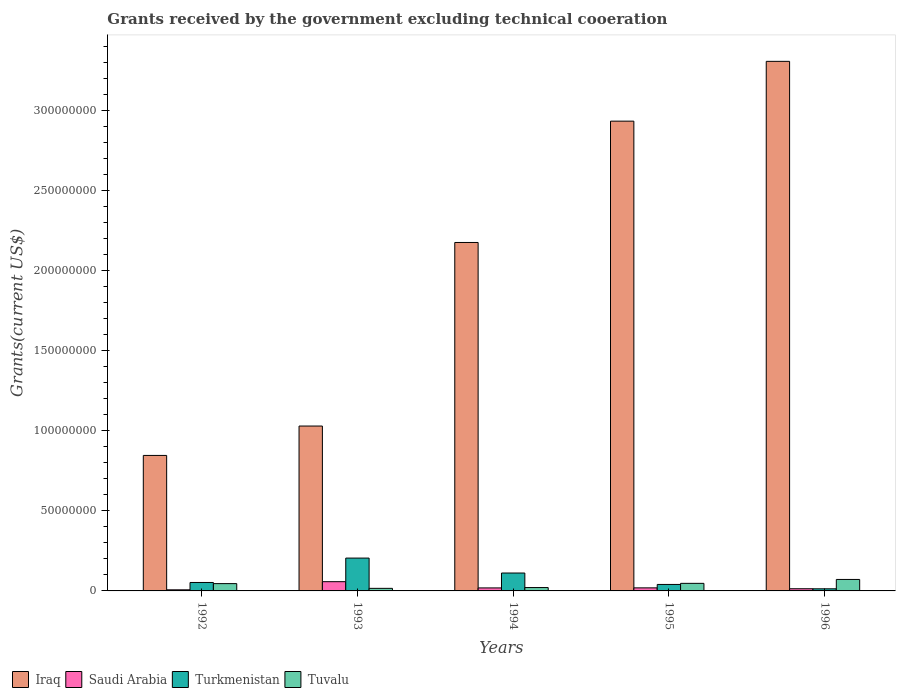
| Years | Iraq | Saudi Arabia | Turkmenistan | Tuvalu |
 | --- | --- | --- | --- | --- |
 | 1992 | 8.47e+07 | 6.9e+05 | 5.28e+06 | 4.56e+06 |
 | 1993 | 1.03e+08 | 5.78e+06 | 2.05e+07 | 1.61e+06 |
 | 1994 | 2.18e+08 | 1.88e+06 | 1.12e+07 | 2.1e+06 |
 | 1995 | 2.94e+08 | 1.91e+06 | 4.05e+06 | 4.73e+06 |
 | 1996 | 3.31e+08 | 1.36e+06 | 1.32e+06 | 7.17e+06 |